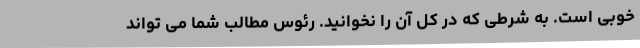
خوبی است. به شرطی که در کل آن را نخوانید. رئوس مطالب شما می تواند